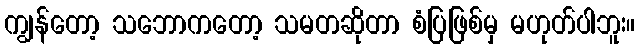
ကျွန်တော့ သဘောကတော့ သမတဆိုတာ စံပြဖြစ်မှ မဟုတ်ပါဘူး။